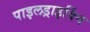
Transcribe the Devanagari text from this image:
पाइलड्राइविंग